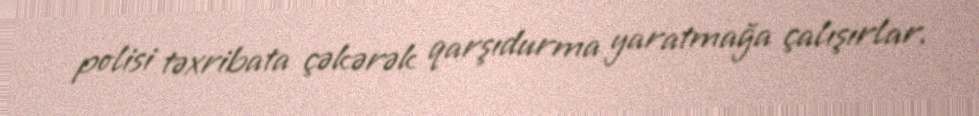
polisi təxribata çəkərək qarşıdurma yaratmağa çalışırlar.